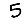
Digit: 5